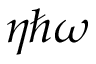
\eta \hbar \omega